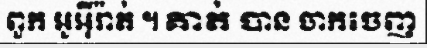
ពួក អូអ៊ីរ៉ាត់ ។ គាត់ បាន ចាកចេញ